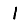
Digit: 1